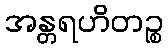
အန္တရဟိတဉ္စ